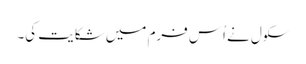
سکول نے اُس فرم میں شکایت کی۔